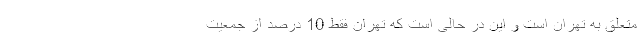
متعلق به تهران است و این در حالی است که تهران فقط 10 درصد از جمعیت